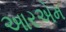
આરએમ